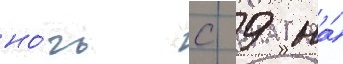
но́чь с 9 на́